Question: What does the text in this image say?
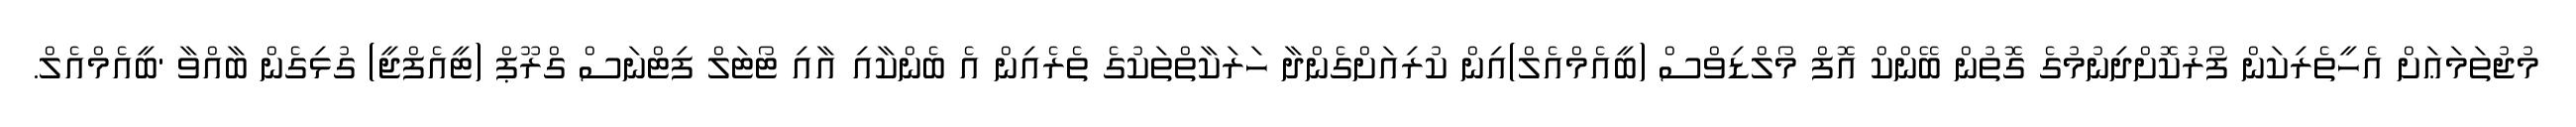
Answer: މުޖުތަމަޢަށް އެހީތެރިކަން ފޯރުކޮށްދިނުމުގެ ގޮތުން ބޭންކް އޮފް މޯލްޑިވްސް (ބީއެމްއެލް)އިން ކުރިއަށްގެންދާ ހަރަކާތްތަކުގެ ތެރެއިން އެ ބެންކާއި އާއި ޓޯޓަލް ފިޓްނަސް ގްރޫޕް (ޓީއެފްޖީ) ގުޅިގެން ބާއްވާ 'ބީއެމްއެލް.